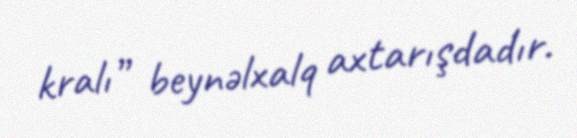
kralı” beynəlxalq axtarışdadır.